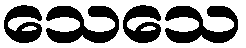
သေသေ